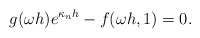
\begin{align*}g(\omega h)e^{\kappa_n h} - f(\omega h,1) = 0.\end{align*}